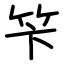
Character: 笇